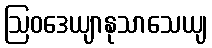
ဩဝဒေယျာနုသာသေယျ